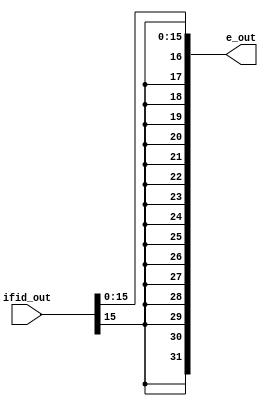
`timescale 1ns / 1ps

module signExt(input wire [31:0]ifid_out, output reg [31:0] e_out); // cat 16-32 bits
always @(ifid_out) 
begin
e_out = {{16{ifid_out[15]}},ifid_out[15:0]}; // concatenation
end
endmodule